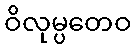
ဝိလုမ္ပတေဝ